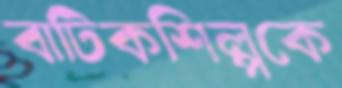
বাটিকশিল্পকে